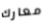
معارك